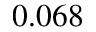
0 . 0 6 8